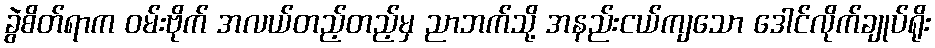
ခွဲစိတ်ရာက ဝမ်းဗိုက် အလယ်တည့်တည့်မှ ညာဘက်သို့ အနည်းငယ်ကျသော ဒေါင်လိုက်ချုပ်ရိုး